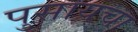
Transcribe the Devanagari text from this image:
पुसायचा